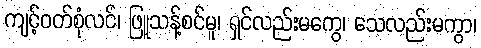
ကျင့်ဝတ်စုံလင်၊ ဖြူသန့်စင်မူ၊ ရှင်လည်းမကွေ၊ သေလည်းမကွာ၊